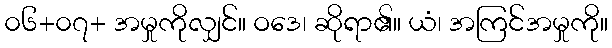
၀၆+၀၇+ အမှုကိုလျှင်။ ဝဒေ၊ ဆိုရာ၏။ ယံ၊ အကြင်အမှုကို။